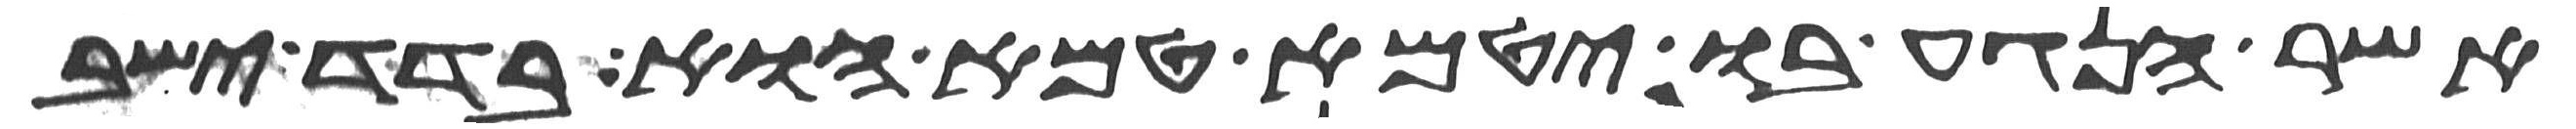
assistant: אשר הנגע בו יטמא טמא הוא בדד ישב